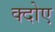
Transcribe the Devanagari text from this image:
क्दोए